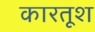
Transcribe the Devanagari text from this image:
कारतूश